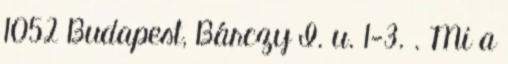
1052 Budapest, Bárczy I. u. 1-3. . Mi a